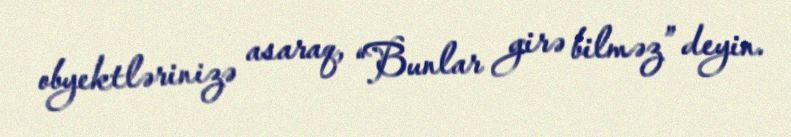
obyektlərinizə asaraq, “Bunlar girə bilməz” deyin.